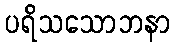
ပရိသသောဘနာ